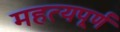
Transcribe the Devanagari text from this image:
महत्यपूर्ण